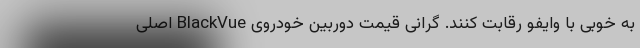
به خوبی با وایفو رقابت کنند. گرانی قیمت دوربین خودروی BlackVue اصلی